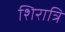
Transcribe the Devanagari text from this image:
शिरात्रि